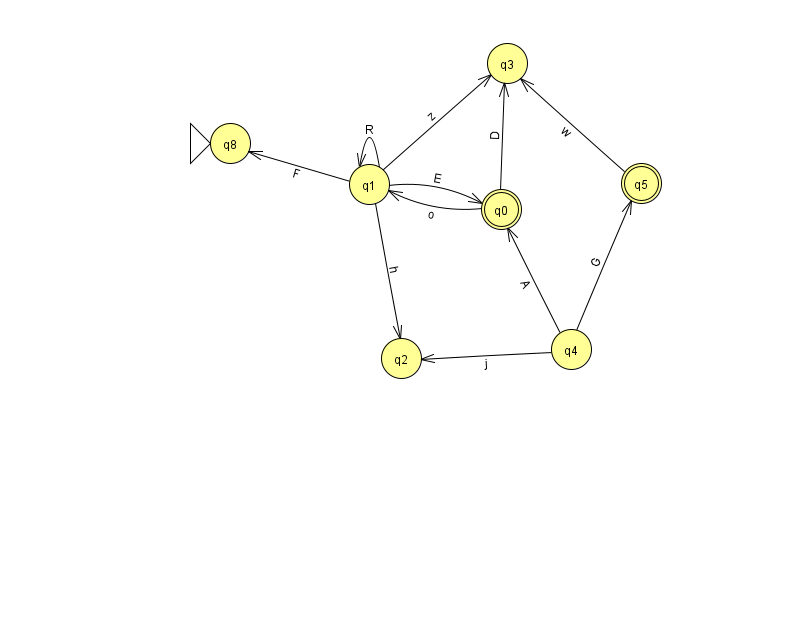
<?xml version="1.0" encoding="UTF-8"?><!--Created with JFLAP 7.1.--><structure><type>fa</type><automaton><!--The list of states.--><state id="0" name="q0"><x>501.0</x><y>196.0</y><final/></state><state id="1" name="q1"><x>369.0</x><y>171.0</y></state><state id="2" name="q2"><x>401.0</x><y>345.0</y></state><state id="3" name="q3"><x>507.0</x><y>50.0</y></state><state id="4" name="q4"><x>571.0</x><y>336.0</y></state><state id="5" name="q5"><x>641.0</x><y>170.0</y><final/></state><state id="8" name="q8"><x>230.0</x><y>130.0</y><initial/></state><!--The list of transitions.--><transition><from>0</from><to>1</to><read>o</read></transition><transition><from>0</from><to>3</to><read>D</read></transition><transition><from>5</from><to>3</to><read>w</read></transition><transition><from>1</from><to>3</to><read>z</read></transition><transition><from>4</from><to>0</to><read>A</read></transition><transition><from>1</from><to>1</to><read>R</read></transition><transition><from>1</from><to>8</to><read>F</read></transition><transition><from>4</from><to>5</to><read>G</read></transition><transition><from>1</from><to>2</to><read>h</read></transition><transition><from>1</from><to>0</to><read>E</read></transition><transition><from>4</from><to>2</to><read>j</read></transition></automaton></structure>